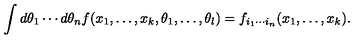
\int d \theta _ { 1 } \cdots d \theta _ { n } f ( x _ { 1 } , \ldots , x _ { k } , \theta _ { 1 } , \ldots , \theta _ { l } ) = f _ { i _ { 1 } \cdots i _ { n } } ( x _ { 1 } , \ldots , x _ { k } ) .